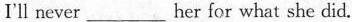
I'll never_her for what she did.